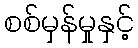
စစ်မှန်မှုနှင့်